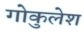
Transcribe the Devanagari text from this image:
गोकुलेश